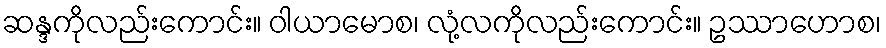
ဆန္ဒကိုလည်းကောင်း။ ဝါယာမောစ၊ လုံ့လကိုလည်းကောင်း။ ဥဿာဟောစ၊